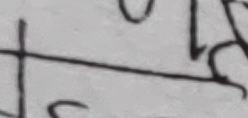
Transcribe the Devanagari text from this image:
य